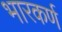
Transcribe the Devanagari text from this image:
भारकर्ण